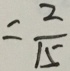
= \frac { 2 } { 1 5 }